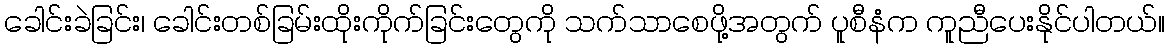
ခေါင်းခဲခြင်း၊ ခေါင်းတစ်ခြမ်းထိုးကိုက်ခြင်းတွေကို သက်သာစေဖို့အတွက် ပူစီနံက ကူညီပေးနိုင်ပါတယ်။